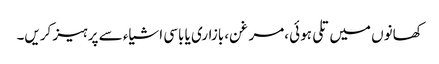
کھانوں میں تلی ہوئی ،مرغن، بازاری یا باسی اشیاء سے پرہیز کریں۔